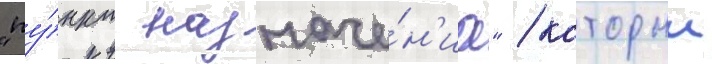
"пу́нкт назначе́н'иа" / которыи